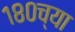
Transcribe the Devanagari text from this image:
१८०च्या